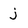
Character: j